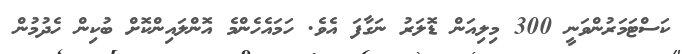
ކަސްޓަމަރުންވަނީ 300 މިލިއަން ޑޮލަރު ނަގާފަ އެވެ. ހަމައެހެންމެ އޮންލައިންކޮށް ބުކިން ހެދުމުން